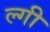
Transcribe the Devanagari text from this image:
ल्गी